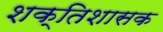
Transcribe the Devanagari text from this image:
शक्तिशासक